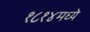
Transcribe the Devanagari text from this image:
१८१४मध्ये